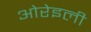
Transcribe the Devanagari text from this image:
ओरेइली